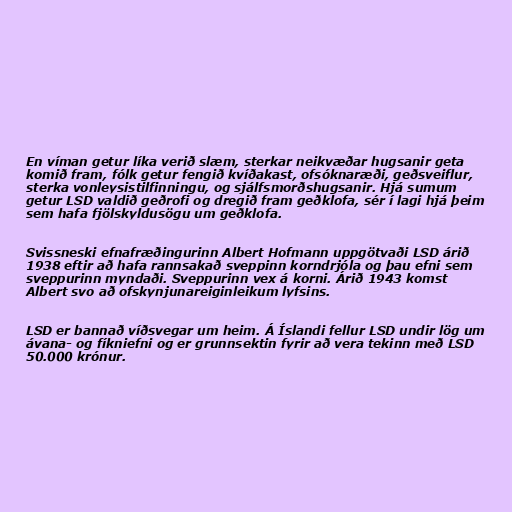
En víman getur líka verið slæm, sterkar neikvæðar hugsanir geta
komið fram, fólk getur fengið kvíðakast, ofsóknaræði, geðsveiflur,
sterka vonleysistilfinningu, og sjálfsmorðshugsanir. Hjá sumum
getur LSD valdið geðrofi og dregið fram geðklofa, sér í lagi hjá þeim
sem hafa fjölskyldusögu um geðklofa.

Svissneski efnafræðingurinn Albert Hofmann uppgötvaði LSD árið
1938 eftir að hafa rannsakað sveppinn korndrjóla og þau efni sem
sveppurinn myndaði. Sveppurinn vex á korni. Árið 1943 komst
Albert svo að ofskynjunareiginleikum lyfsins.

LSD er bannað víðsvegar um heim. Á Íslandi fellur LSD undir lög um
ávana- og fíkniefni og er grunnsektin fyrir að vera tekinn með LSD
50.000 krónur.